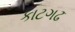
કાટગઢ